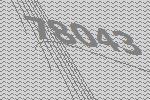
78043